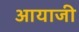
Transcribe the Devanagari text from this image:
आयाजी